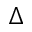
\Delta